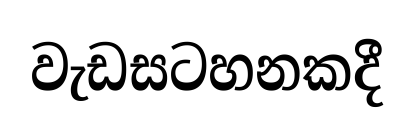
වැඩසටහනකදී